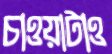
চাওয়াটাও